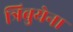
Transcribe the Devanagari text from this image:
त्रिबुयेना